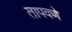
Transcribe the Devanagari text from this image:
तापवणे